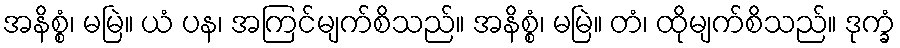
အနိစ္စံ၊ မမြဲ။ ယံ ပန၊ အကြင်မျက်စိသည်။ အနိစ္စံ၊ မမြဲ။ တံ၊ ထိုမျက်စိသည်။ ဒုက္ခံ